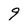
Character: 9